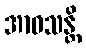
အာဝသန္တိ